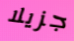
جزيلا